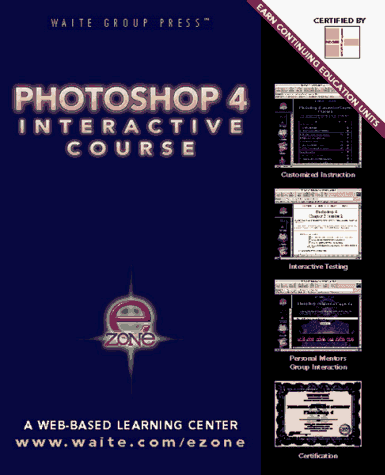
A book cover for Adobe Photoshop 4 Interactive Course; Sherry London; Computers & Technology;